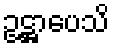
ဥဋ္ဌာပေသိ